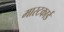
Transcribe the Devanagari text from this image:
मास्टकार्ड